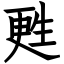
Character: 甦